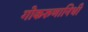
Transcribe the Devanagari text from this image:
गोकरुणानिधी